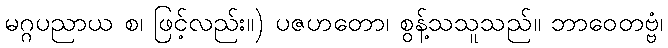
မဂ္ဂပညာယ စ၊ ဖြင့်လည်း။) ပဇဟတော၊ စွန့်သသူသည်။ ဘာဝေတဗ္ဗံ၊